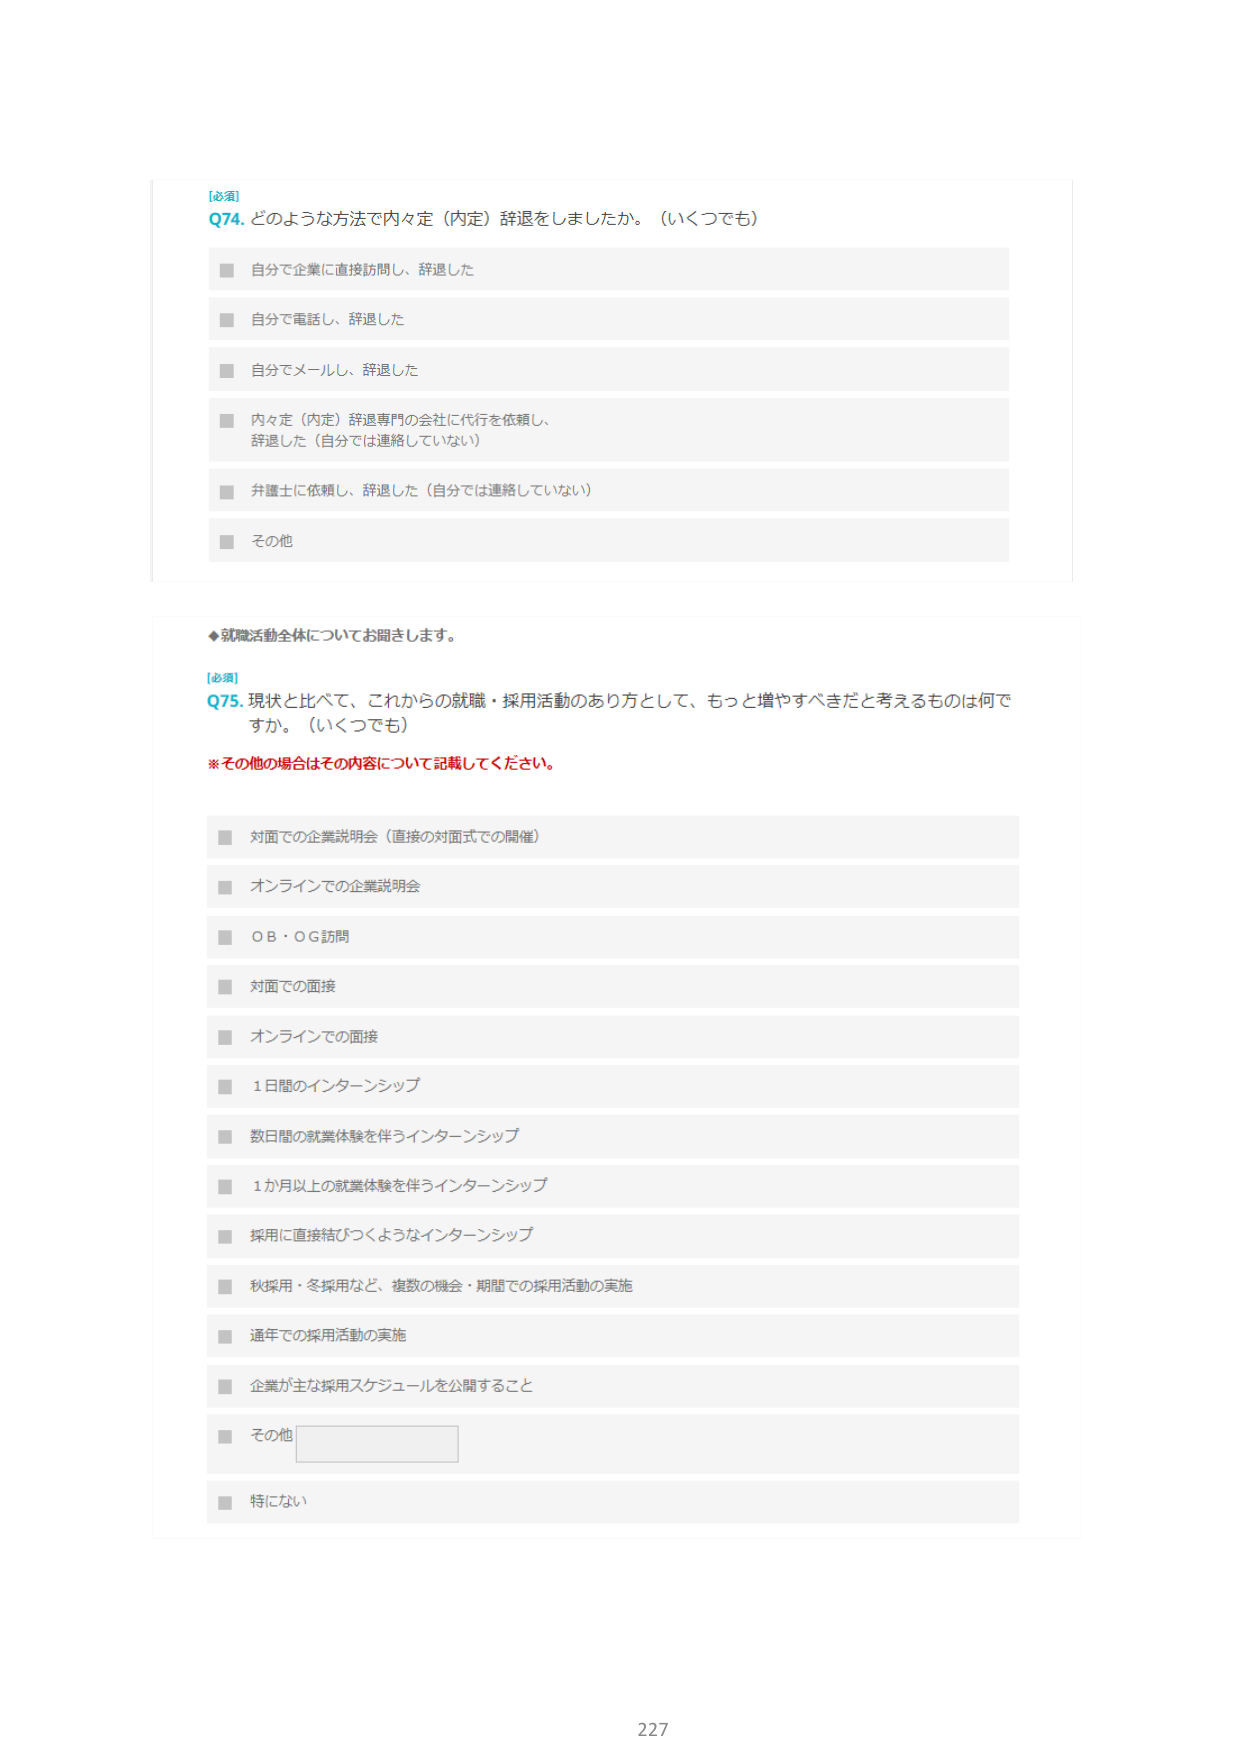
[必須]
Q74. どのような方法で内々定（内定）辞退をしましたか。（いくつでも）
■ 自分で企業に直接訪問し、辞退した
■ 自分で電話し、辞退した
■ 自分でメールし、辞退した
■ 内々定（内定）辞退専門の会社に代行を依頼し、辞退した（自分では連絡していない）
■ 弁護士に依頼し、辞退した（自分では連絡していない）
■ その他

◆就職活動全体についてお聞きします。
[必須]
Q75. 現状と比べて、これからの就職・採用活動のあり方として、もっと増やすべきだと考えるものは何ですか。（いくつでも）
※その他の場合はその内容について記載してください。
■ 対面での企業説明会（直接の対面式での開催）
■ オンラインでの企業説明会
■ ＯＢ・ＯＧ訪問
■ 対面での面接
■ オンラインでの面接
■ 1日間のインターンシップ
■ 数日間の就業体験を伴うインターンシップ
■ 1か月以上の就業体験を伴うインターンシップ
■ 採用に直接結びつくようなインターンシップ
■ 秋採用・冬採用など、複数の機会・期間での採用活動の実施
■ 通年での採用活動の実施
■ 企業が主な採用スケジュールを公開すること
■ その他
■ 特にない

227